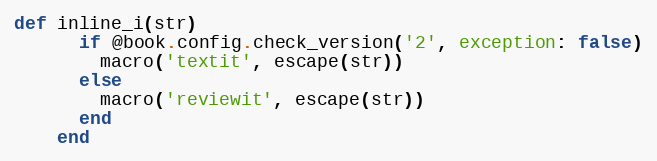
Language: Ruby
def inline_i(str)
      if @book.config.check_version('2', exception: false)
        macro('textit', escape(str))
      else
        macro('reviewit', escape(str))
      end
    end